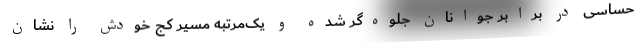
حساسی در برابر جوانان جلوه‌گر شده و یک‌مرتبه مسیر کج خودش را نشان